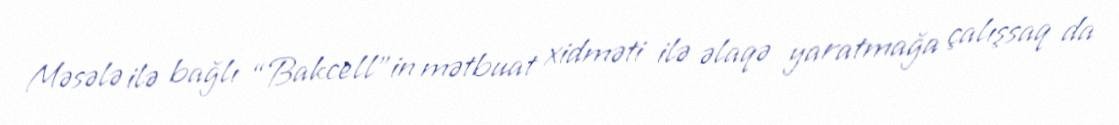
Məsələ ilə bağlı “Bakcell”in mətbuat xidməti ilə əlaqə yaratmağa çalışsaq da